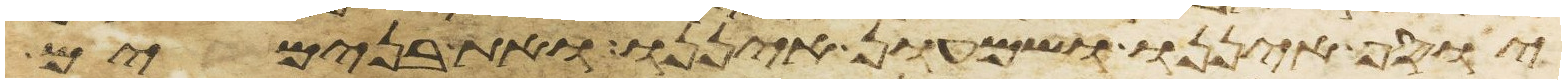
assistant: יוסף איננו ושמעון איננו ואת בנימים